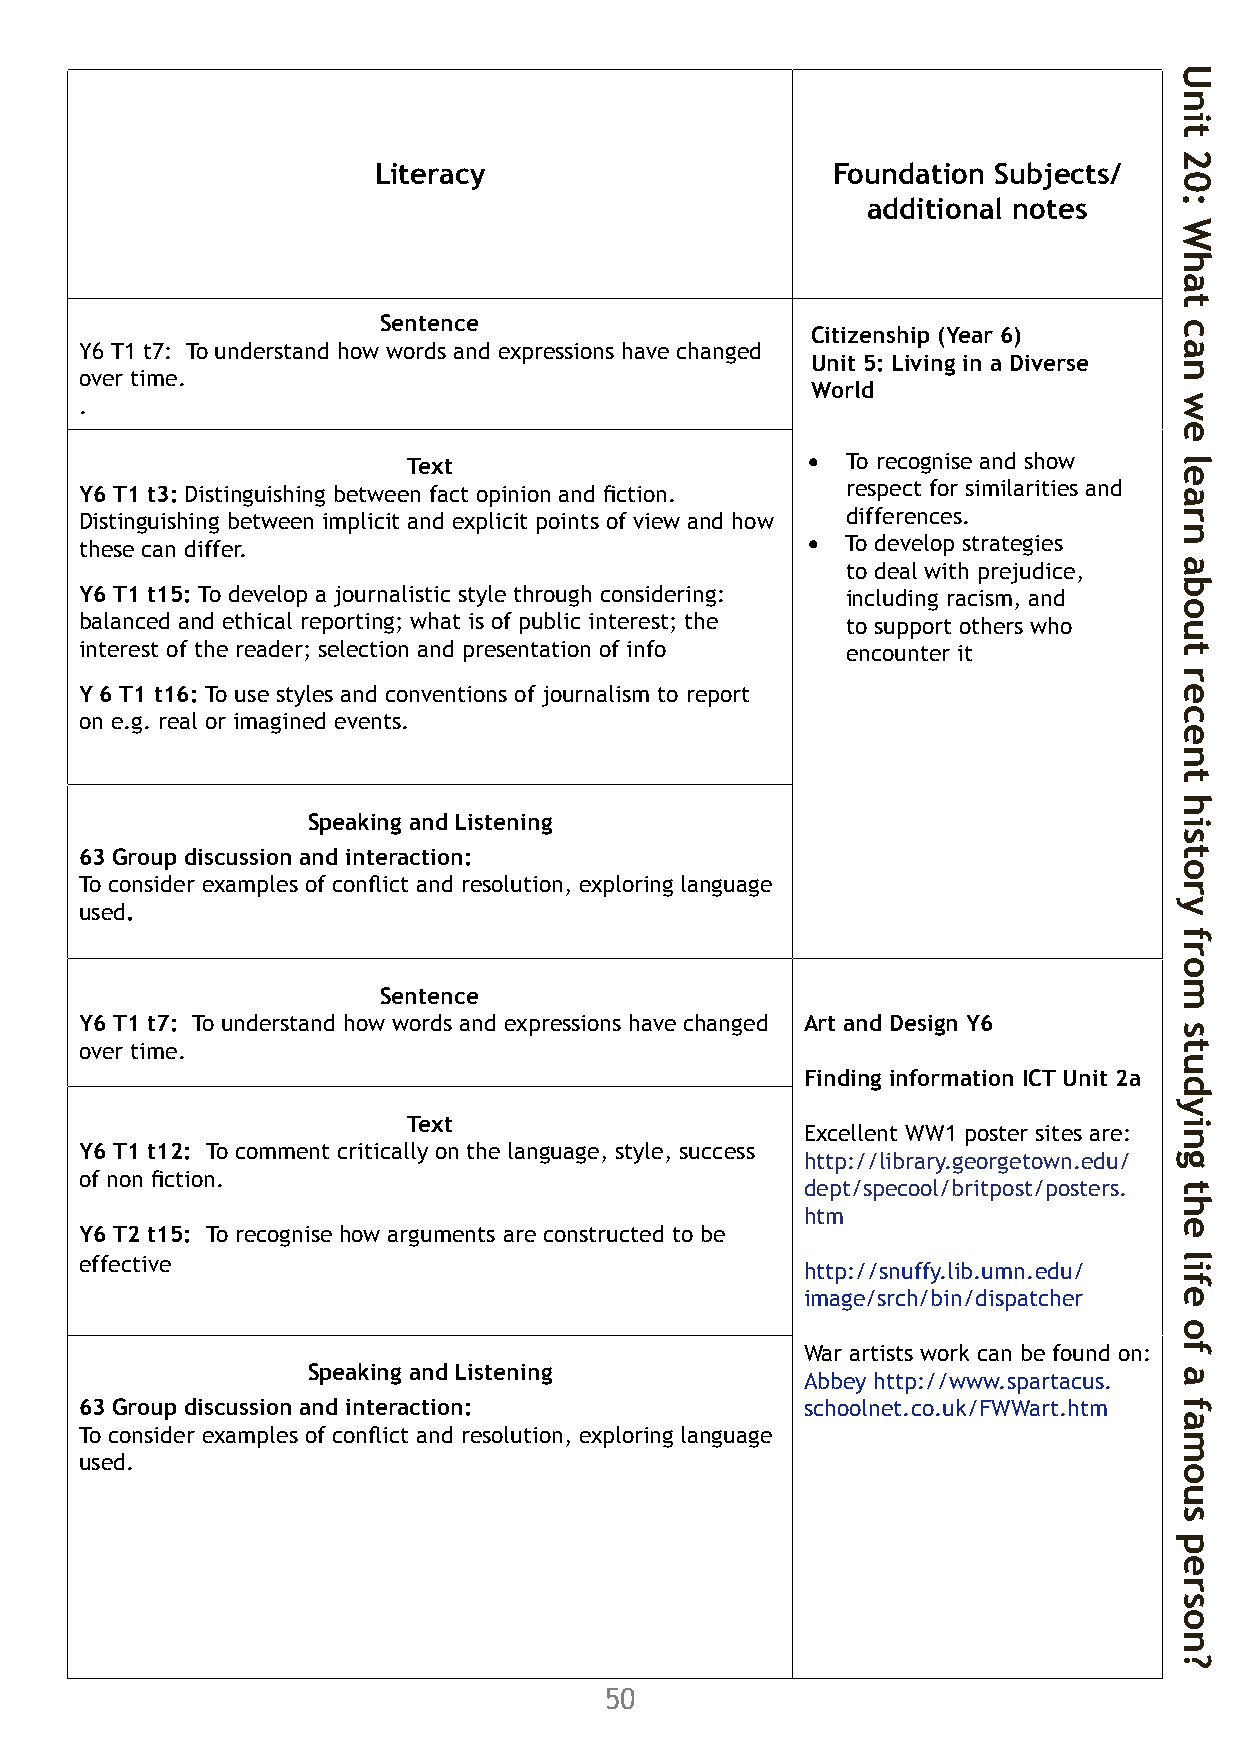
Unit 20: What can we learn about recent
 history from studying the life of a famous
 Activities               Literacy                      Foundation Subjects/
 person? (Walter Tull)
 additional notes
 Learning Objectives Learning Outcomes
 Sentence 3. Language lower than Why is Walter Tull’s Citizenship (Year 6)
 story so significant? Y6 T1 t7: To understand how words and expressions have changed
 Billingsgate                                          Unit 5: Living in a Diverse
 over time.
 (Focus: newspaper article)                            World .
 • Children write newspaper article • To carry out personal • Demonstrate knowledge Text • To recognise and show
 for the Evening Standard reporting research. of the key incident in Y6 T1 t3: Distinguishing between fact opinion and fiction. respect for similarities and
 on Walter Tull’s abuse at the Bristol • To reflect on the first Tull’s football career by Distinguishing between implicit and explicit points of view and how differences.
 City match. reported case of racism in researching their report. these can differ. • To develop strategies
 football. • Identify the range of
 • Use the original report to help                       to deal with prejudice,
 • To compare primary and different sources of
 them locate the key facts. Y6 T1 t15: To develop a journalistic style through considering: including racism, and
 secondary sources of evidence used.
 • Discuss in pairs using role play information. • Discuss the value of balanced and ethical reporting; what is of public interest; the to support others who
 how Walter would have reacted to different sources. interest of the reader; selection and presentation of info encounter it
 events.
 Y 6 T1 t16: To use styles and conventions of journalism to report
 • Give their thoughts on how the
 on e.g. real or imagined events.
 incident should have been dealt
 with.
 Speaking and Listening
 63 Group discussion and interaction:
 To consider examples of conflict and resolution, exploring language
 used.
 4. Play the game What influenced Walter Sentence
 (Focus poster design) Tull to join the Football Y6 T1 t7: To understand how words and expressions have changed Art and Design Y6
 Battalion? over time.
 Finding information ICT Unit 2a
 • Look at photo of poster with racist • To identify characteristic • Make inferences about how
 Text
 slogan. Imagine how Tull would ideas in recruitment the army attracted recruits Excellent WW1 poster sites are:
 Y6 T1 t12: To comment critically on the language, style, success
 posters and design from from the evidence collected/ http://library.georgetown.edu/
 have reacted.
 of non fiction.
 WW1. shown.                                          dept/specool/britpost/posters. • Review Football Battalion.
 • To compare differences • Identify characteristics of htm
 Posters.
 between images from style and design from the Y6 T2 t15: To recognise how arguments are constructed to be
 • Look at wording of posters and
 different periods. period. effective
 http://snuffy.lib.umn.edu/
 how they reflect attitudes to sport
 image/srch/bin/dispatcher
 and war.
 • Design a Walter Tull poster for the
 War artists work can be found on:
 Football Btn to attract recruits
 Speaking and Listening
 Abbey http://www.spartacus.
 from football fans at the Khaki
 63 Group discussion and interaction:            schoolnet.co.uk/FWWart.htm
 Cup final.
 To consider examples of conflict and resolution, exploring language
 • Use slogans with double meaning.
 used.
 49                                      50
 Unit
 20:
 What
 can
 we
 learn
 about
 recent
 history
 from
 studying
 the
 life
 of
 a
 famous
 person?